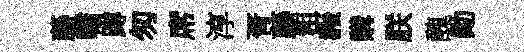
藤嘯蹲匆席淳胥藤粗赧購朕醜勛